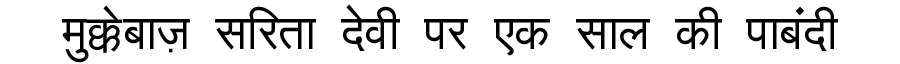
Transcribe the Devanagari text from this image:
मुक्केबाज़ सरिता देवी पर एक साल की पाबंदी